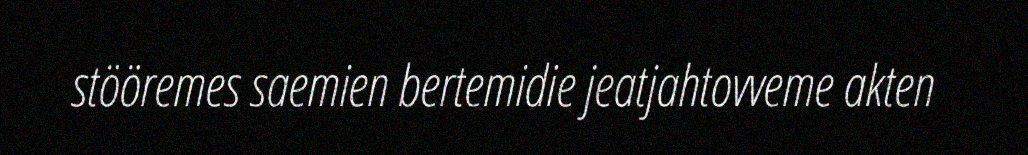
stööremes saemien bertemidie jeatjahtovveme akten